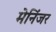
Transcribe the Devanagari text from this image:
मेनिंजर